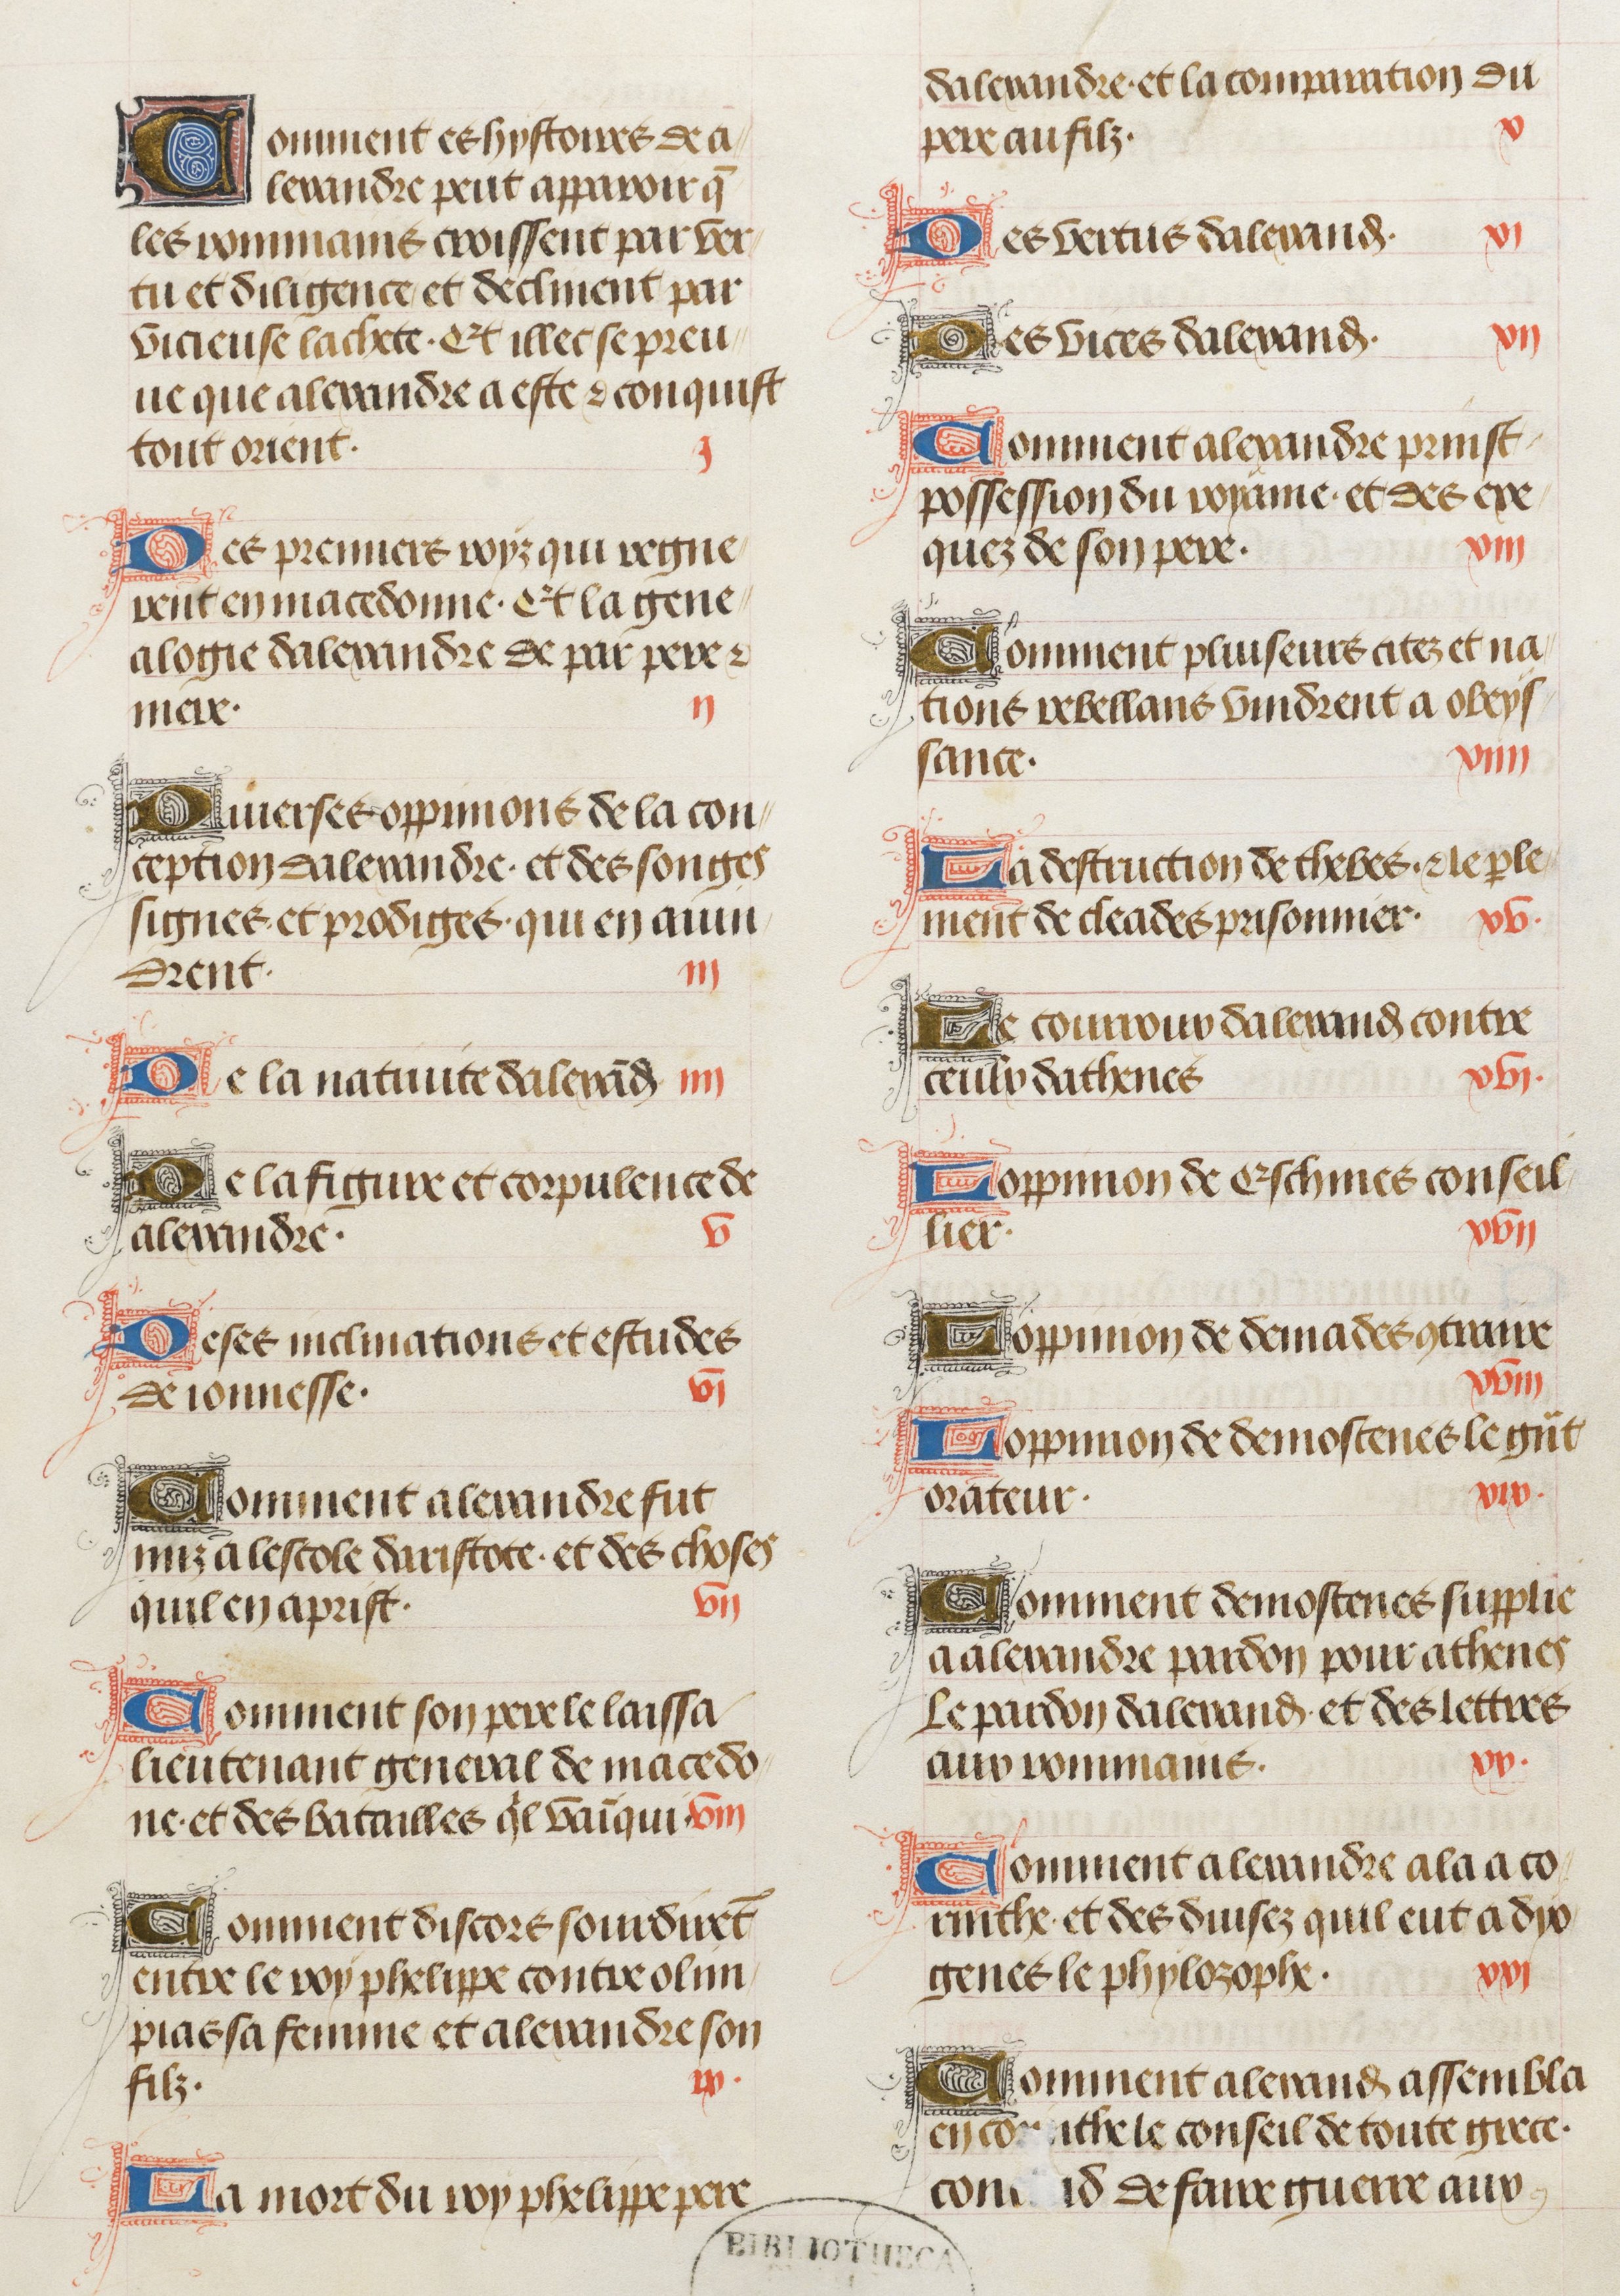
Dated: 1470–1499